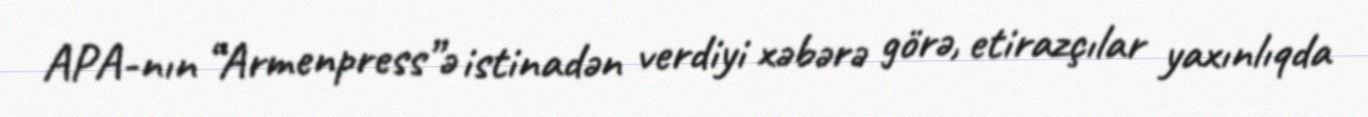
APA-nın “Armenpress”ə istinadən verdiyi xəbərə görə, etirazçılar yaxınlıqda